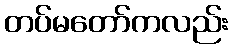
တပ်မတော်ကလည်း